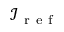
\mathcal { I } _ { \mathrm { ~ r ~ e ~ f ~ } }